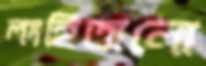
লংহিতানো